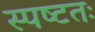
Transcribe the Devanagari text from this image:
स्पष्‍टतः